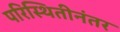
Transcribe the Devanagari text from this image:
परिस्थितीनंतर